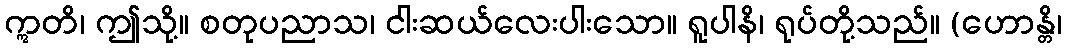
ဣတိ၊ ဤသို့။ စတုပညာသ၊ ငါးဆယ်လေးပါးသော။ ရူပါနိ၊ ရုပ်တို့သည်။ (ဟောန္တိ၊